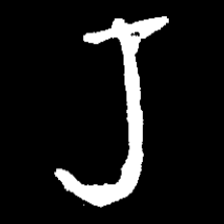
Pyu character \u2014 Myanmar letter: ရ (romanized: ra)